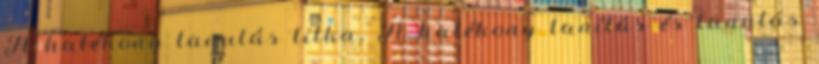
A hatékony tanulás titka. A hatékony tanítás és tanulás